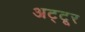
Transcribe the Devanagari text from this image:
अट्टूर